Vabadussoja_Ajaloo_Komitee, lk 8
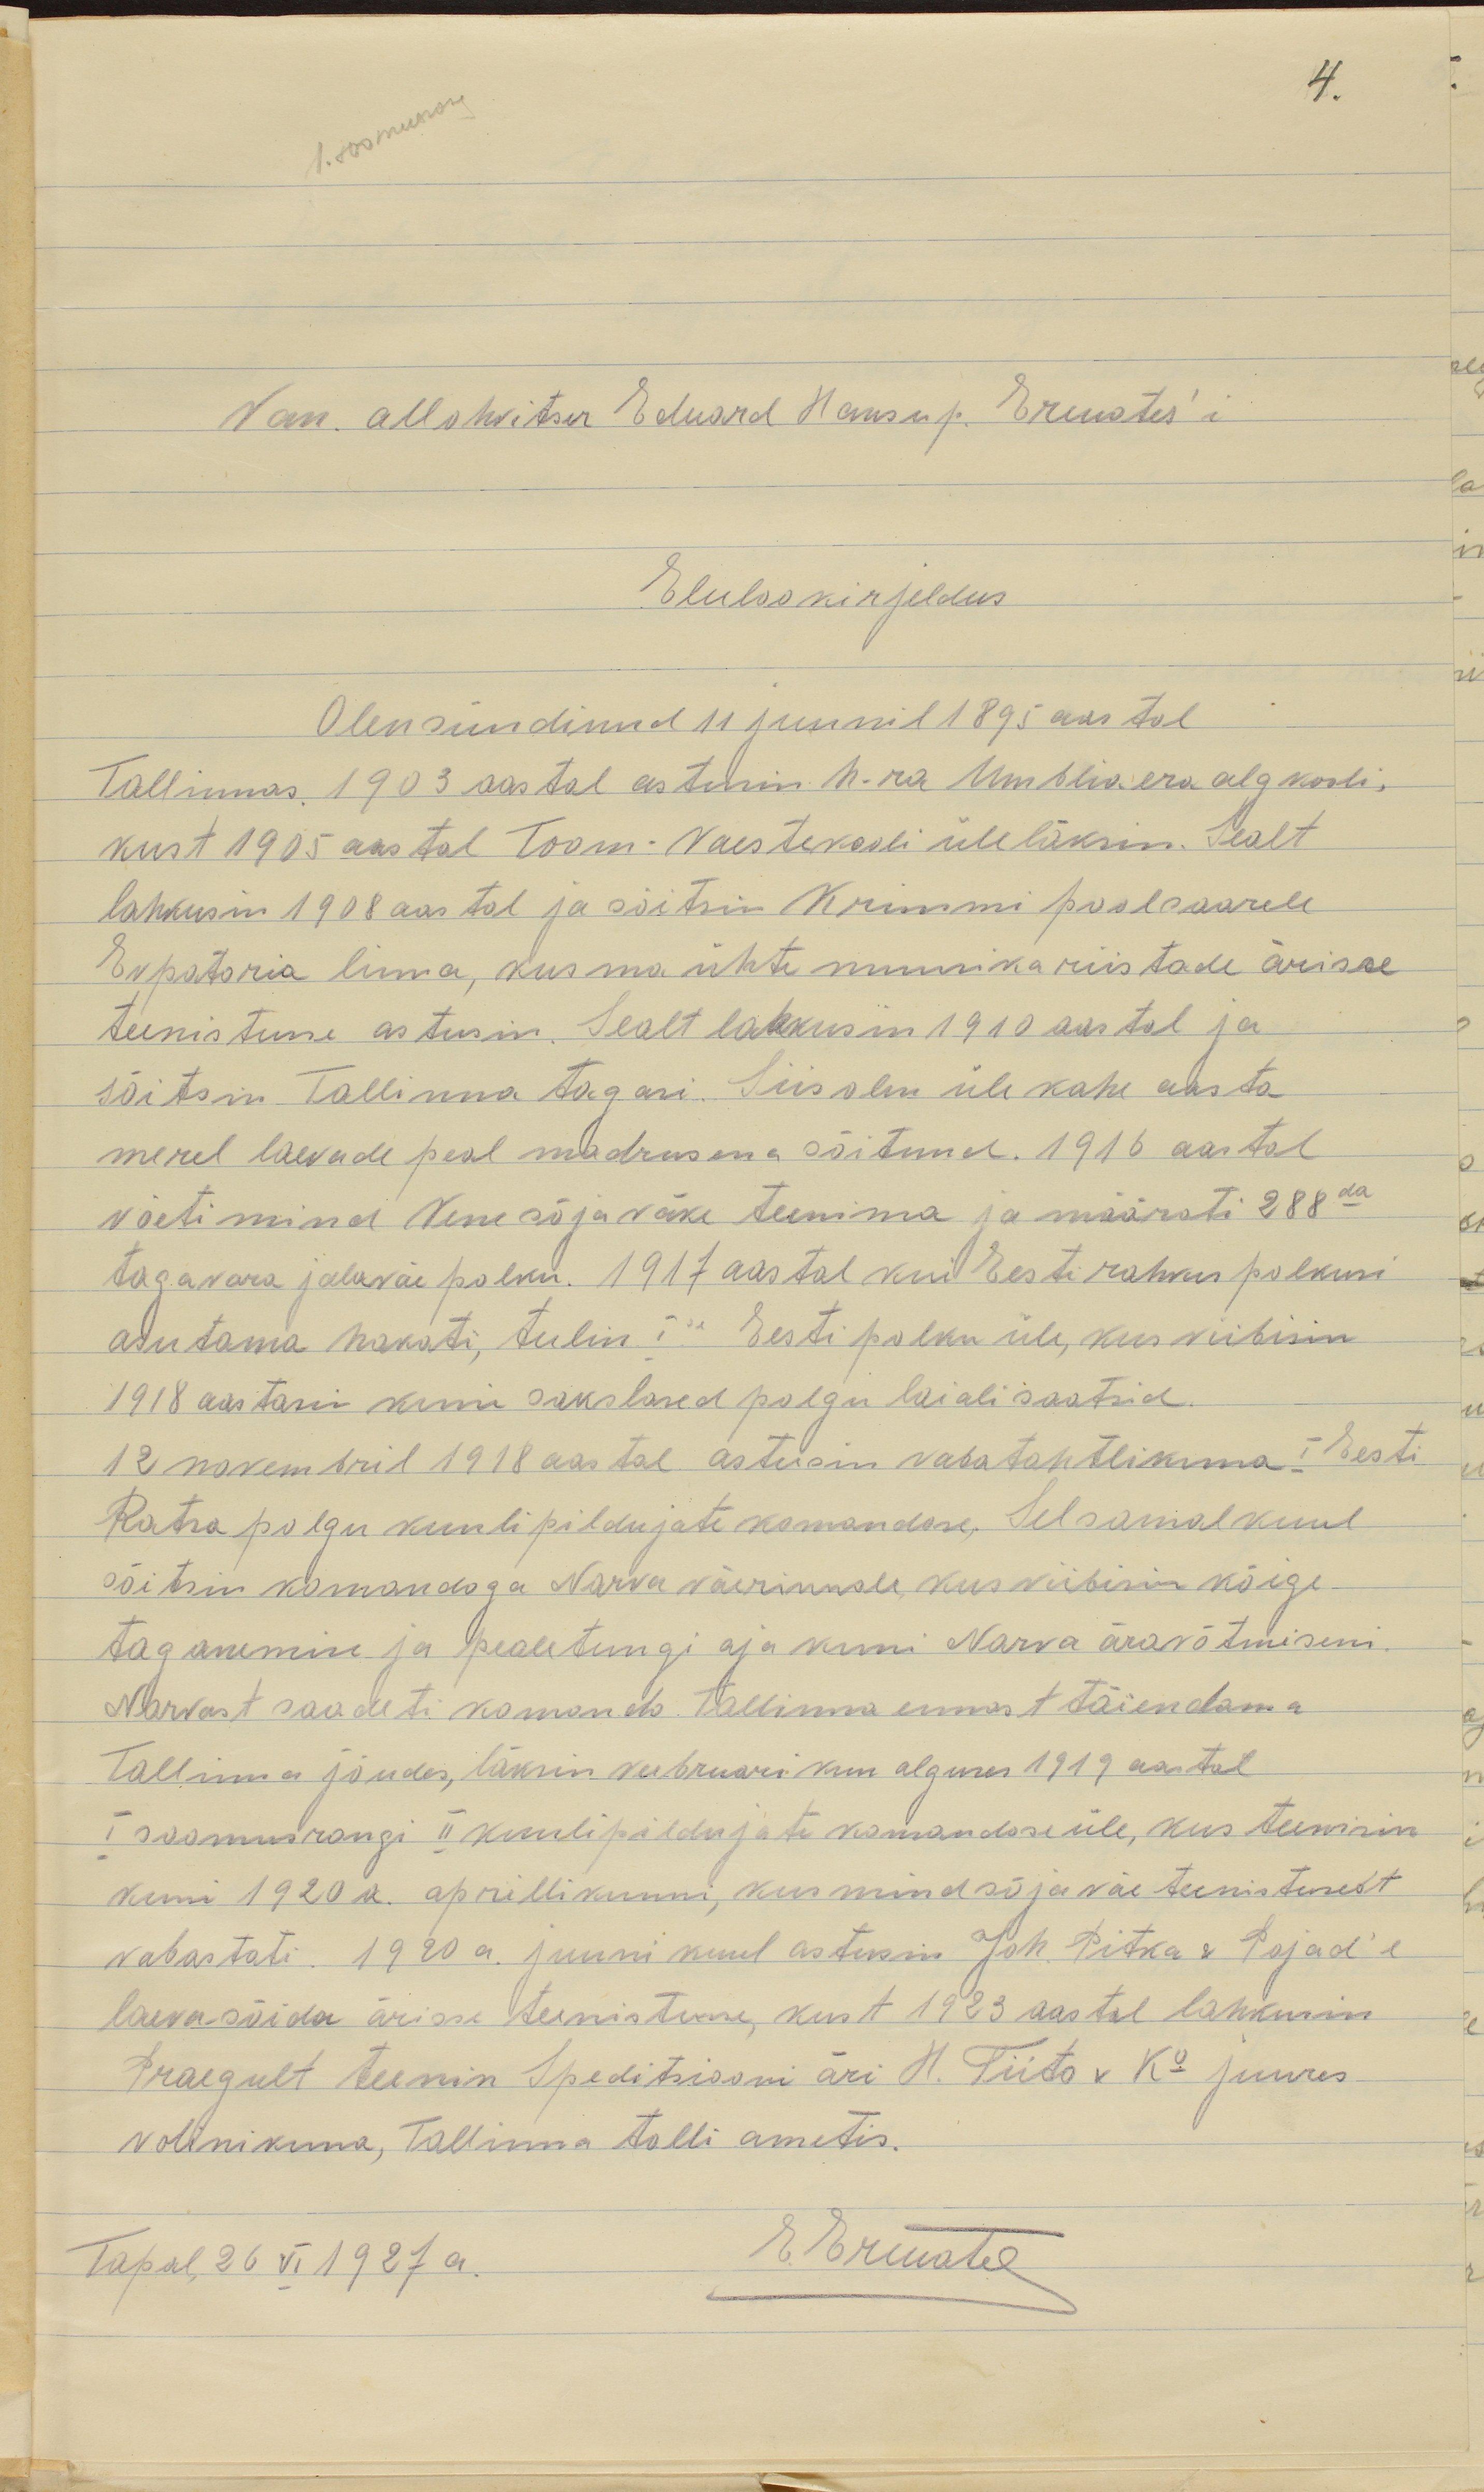
Van. allohvitser Eduard Hansu p. Ermates'i
Eluloo kirjeldus
Olen sündinud 11 juunil 1895 aastal
Tallinnas. 1903 aastal astusin h-ra Umblio era algkooli,
kust 1905 aastal Toom-Vaestekooli üle läksin. Sealt
lahkusin 1908 aastal ja sõitsin Krimmi poolsaarele
Evpatoria linna, kus ma ühte muusikariistade ärisse
teenistusse astusin. Sealt lahkusin 1910 aastal ja
sõitsin Tallinna tagasi. Siis olin üle kahe aasta 
merel laevade peal madrusena sõitnud. 1916 aastal 
võeti mind Vene sõjaväke teenima ja määrati 288da
tagavara jalaväe polku. 1917 aastal kui Eesti rahvus polkusi
asutama hakati, tulin Ise Eesti polku üle, kus viibisin
1918 aastani kuni sakslased polgu laiali saatsid.
12 novembril 1918 aastal astusin vabatahtlikuna I Eesti
Ratsa polgu kuulipildujate komandose. Selsamal kuul
sõitsin komandoga Narva väerinnale, kus viibisin kõige
taganemise ja pealetungi aja kuni Narva äravõtmiseni.
Narvast saadeti komando Tallinna ennast täiendama
Tallinna jõudes, läksin veebruarikuu alguses 1919 aastal
I soomusrongi II kuulipildujate komandose üle, kus teenisin
kuni 1920 a. aprillikuuni, kus mind sõjaväe teenistusest
vabastati. 1920 a. juuni kuul astusin Joh. Pitka & Pojad'e
laevasõidu äriosa teenistusse, kust 1923 aastal lahkusin
Praegult teenin Speditsiooni H. Tiido v Ko juures
volinikuna, Tallinna tolli ametis.
Tapal, 26 VI 1927 a. E.Ermates